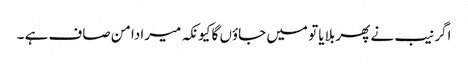
اگر نیب نے پھر بلایا تو میں جاؤں گا کیونکہ میرا دامن صاف ہے ۔